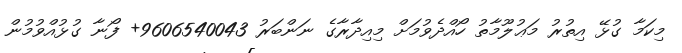
މިކަމާ ގުޅޭ އިތުރު މަޢުލޫމާތު ހޯއްދެވުމަށް މިއިދާރާގެ ނަންބަރު 9606540043+ ފޯނާ ގުޅުއްވުމުން